Report on the working of the Ranchi Indian Mental Hospital, Kanke, in Bihar and Orissa - 1930-1940
Year: 1930
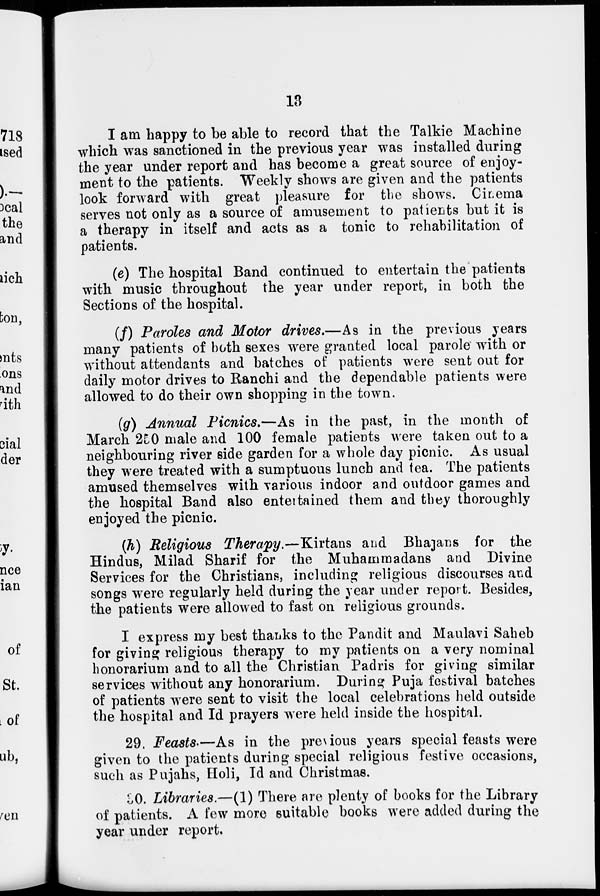
13
I am happy to be able to record that the Talkie Machine
which was sanctioned in the previous year was installed during
the year under report and has become a great source of enjoy-
ment to the patients. Weekly shows are given and the patients
look forward with great pleasure for the shows. Cinema
serves not only as a source of amusement to patients but it is
a therapy in itself and acts as a tonic to rehabilitation of
patients.
(e) The hospital Band continued to entertain the patients
with music throughout the year under report, in both the
Sections of the hospital.
(f) Paroles and Motor drives.—As in the previous years
many patients of both sexes were granted local parole with or
without attendants and batches of patients were sent out for
daily motor drives to Ranchi and the dependable patients were
allowed to do their own shopping in the town.
(g) Annual Picnics.—As in the past, in the month of
March 250 male and 100 female patients were taken out to a
neighbouring river side garden for a whole day picnic. As usual
they were treated with a sumptuous lunch and tea. The patients
amused themselves with various indoor and outdoor games and
the hospital Band also entertained them and they thoroughly
enjoyed the picnic.
(h) Religious Therapy.—Kirtans and Bhajans for the
Hindus, Milad Sharif for the Muhammadans and Divine
Services for the Christians, including religious discourses and
songs were regularly held during the year under report. Besides,
the patients were allowed to fast on religious grounds.
I express my best thanks to the Pandit and Maulavi Saheb
for giving religious therapy to my patients on a very nominal
honorarium and to all the Christian Padris for giving similar
services without any honorarium. During Puja festival batches
of patients were sent to visit the local celebrations held outside
the hospital and Id prayers were held inside the hospital.
29. Feasts.—As in the previous years special feasts were
given to the patients during special religious festive occasions,
such as Pujahs, Holi, Id and Christmas.
30. Libraries.—(1) There are plenty of books for the Library
of patients. A few more suitable books were added during the
year under report.